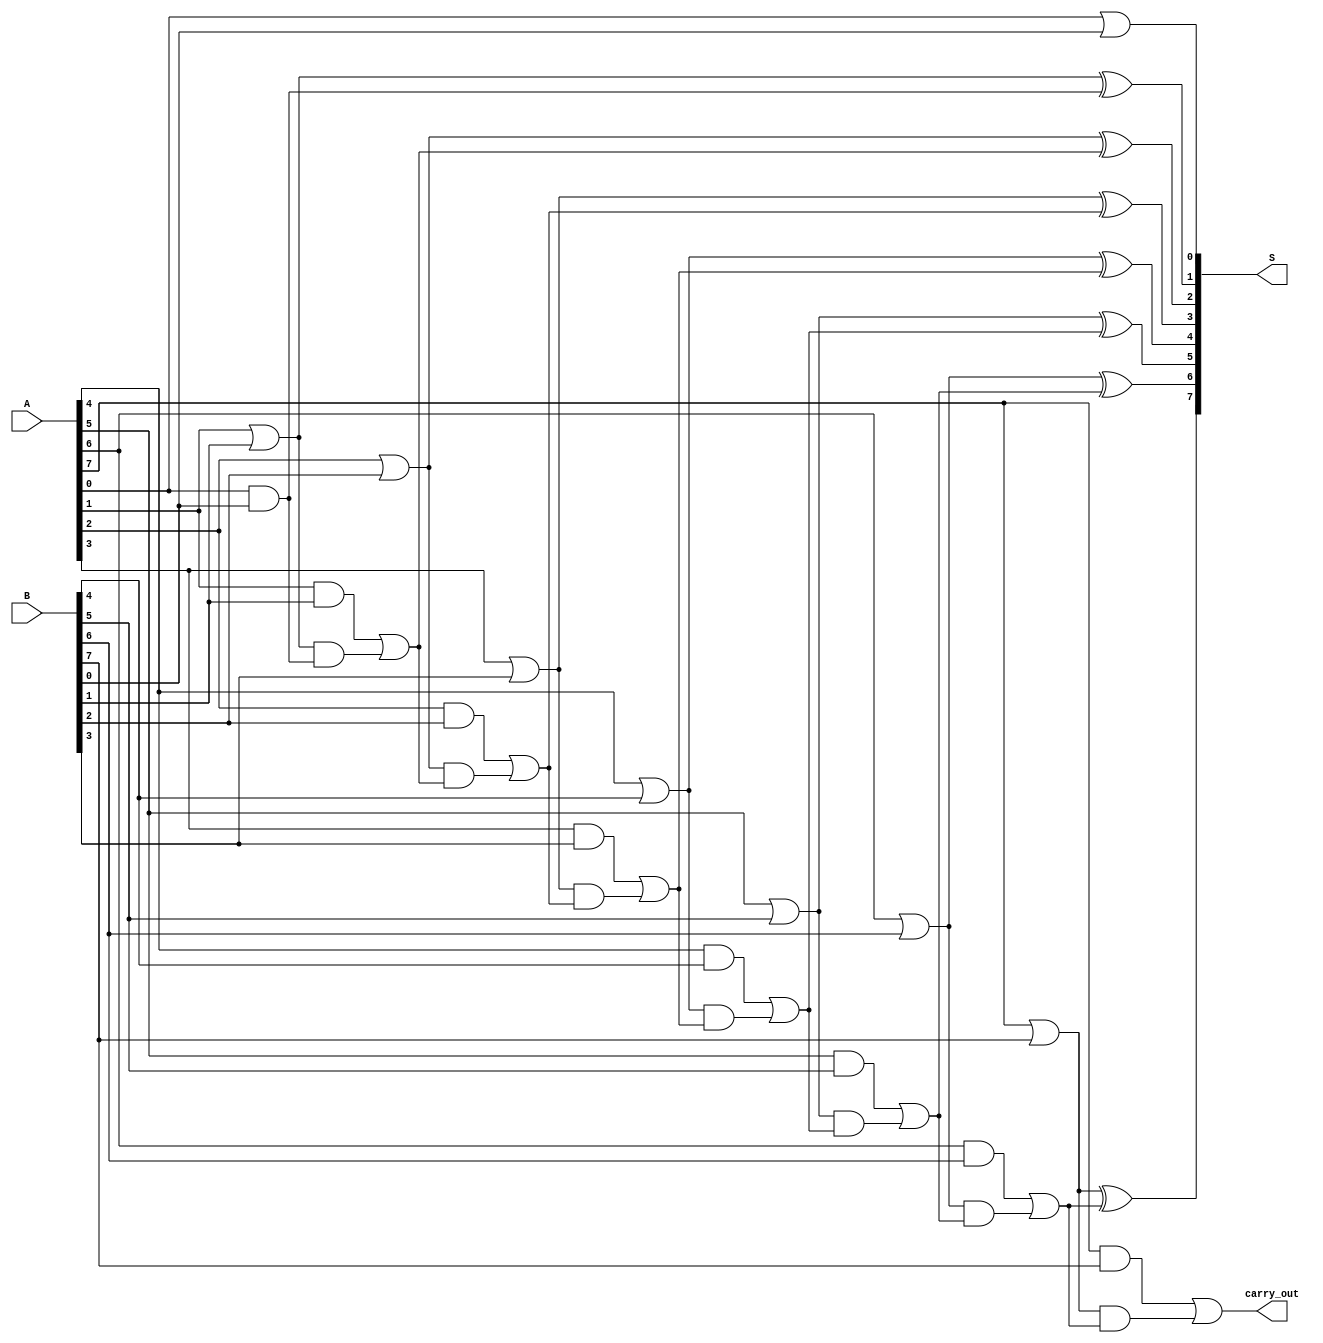
module kogge_stone_adder #(parameter n = 8) (
    input  wire [n-1:0] A, 
    input  wire [n-1:0] B, 
    output wire [n-1:0] S,
    output wire carry_out
);
    // Generate (G) and Propagate (P) signals
    wire [n-1:0] G, P;
    
    genvar i;
    generate
        for (i = 0; i < n; i = i + 1) begin : gp_gen
            assign G[i] = A[i] & B[i];  // G_i = A_i * B_i
            assign P[i] = A[i] | B[i];  // P_i = A_i + B_i
        end
    endgenerate

    // Carry signals
    wire [n:0] C;
    assign C[0] = 1'b0;  // C_0 = 0
    
    // Prefix computation - Kogge-Stone structure
    generate
        for (i = 1; i < n; i = i + 1) begin : carry_gen
            assign C[i] = G[i-1] | (P[i-1] & C[i-1]);  // C_i = G_(i-1) + (P_(i-1) * C_(i-1))
        end
    endgenerate

    // Final carry out
    assign carry_out = G[n-1] | (P[n-1] & C[n-1]);

    // Sum computation
    generate
        for (i = 0; i < n; i = i + 1) begin : sum_gen
            assign S[i] = P[i] ^ C[i];  // S_i = P_i ^ C_(i-1)
        end
    endgenerate

endmodule